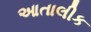
આતાલીક